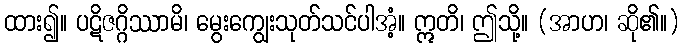
ထား၍။ ပဋိဇဂ္ဂိဿာမိ၊ မွေးကျွေးသုတ်သင်ပါအံ့။ ဣတိ၊ ဤသို့။ (အာဟ၊ ဆို၏။)